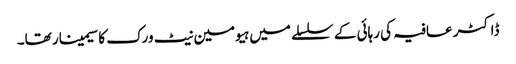
ڈاکٹر عافیہ کی رہائی کے سلسلے میں ہیومین نیٹ ورک کا سیمینار تھا۔